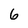
Character: 6